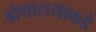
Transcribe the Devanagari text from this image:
ग्रंथालयाकडे